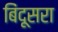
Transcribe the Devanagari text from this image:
बिंदूसरा